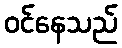
ဝင်နေသည်